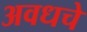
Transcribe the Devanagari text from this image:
अवधचे